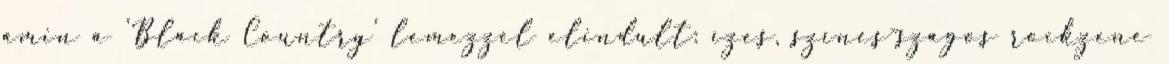
amin a ’Black Country’ lemezzel elindult: ízes, színes-szagos rockzene